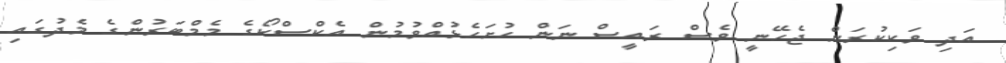
އަދި ވަކިކުރަން ޖެހޭނީ ވެސް ރައީސް ނަން ހުށަހެޅުއްވުމުން އެކްސްކޯގެ މެމްބަރުންގެ މެދުގައި